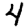
Digit: 4